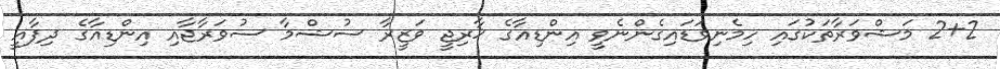
2+2 މަޝްވަރާތަކުގައި ހިމެނިވަޑައިގެންނެވީ އިންޑިއާގެ ޚާރިޖީ ވަޒީރާ ސުޝްމާ ސުވަރާޖާއި އިންޑިއާގެ ދިފާއީ